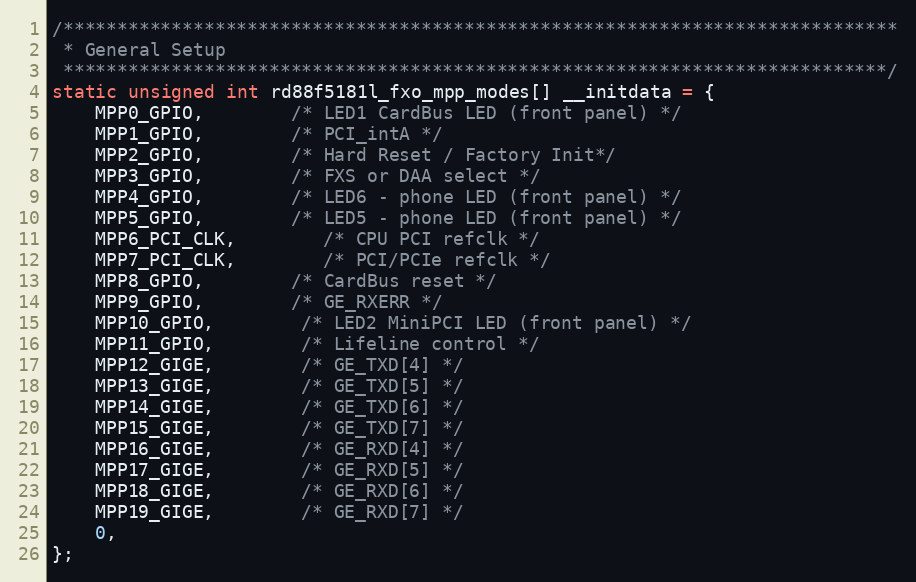
Language: C
/*****************************************************************************
 * General Setup
 ****************************************************************************/
static unsigned int rd88f5181l_fxo_mpp_modes[] __initdata = {
	MPP0_GPIO,		/* LED1 CardBus LED (front panel) */
	MPP1_GPIO,		/* PCI_intA */
	MPP2_GPIO,		/* Hard Reset / Factory Init*/
	MPP3_GPIO,		/* FXS or DAA select */
	MPP4_GPIO,		/* LED6 - phone LED (front panel) */
	MPP5_GPIO,		/* LED5 - phone LED (front panel) */
	MPP6_PCI_CLK,		/* CPU PCI refclk */
	MPP7_PCI_CLK,		/* PCI/PCIe refclk */
	MPP8_GPIO,		/* CardBus reset */
	MPP9_GPIO,		/* GE_RXERR */
	MPP10_GPIO,		/* LED2 MiniPCI LED (front panel) */
	MPP11_GPIO,		/* Lifeline control */
	MPP12_GIGE,		/* GE_TXD[4] */
	MPP13_GIGE,		/* GE_TXD[5] */
	MPP14_GIGE,		/* GE_TXD[6] */
	MPP15_GIGE,		/* GE_TXD[7] */
	MPP16_GIGE,		/* GE_RXD[4] */
	MPP17_GIGE,		/* GE_RXD[5] */
	MPP18_GIGE,		/* GE_RXD[6] */
	MPP19_GIGE,		/* GE_RXD[7] */
	0,
};